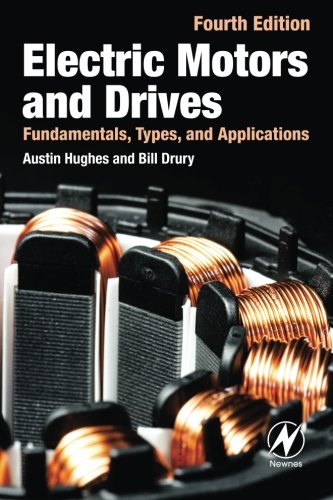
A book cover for Electric Motors and Drives: Fundamentals, Types and Applications, 4th Edition; Austin Hughes; Engineering & Transportation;